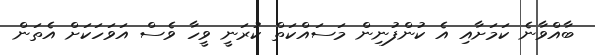
ބާއްވާނެ ކަމަށާއި އެ ކުންފުނިން މަސައްކަތް ކުރަނީ ވީހާ ވެސް އަވަހަކަށް އެތަން